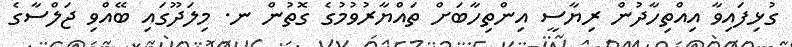
ގުޅިފައިވާ އިއްތިހާދުން ރިޔާސީ އިންތިހާބަށް ތައްޔާރުވުމުގެ ގޮތުން ނ. މިލަދޫގައި ބޭއްވި ޖަލްސާގެ